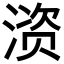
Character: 𫞚